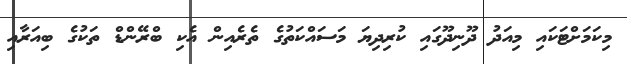
މިކަމަށްޓަކައި މިއަދު ދޫނިދޫގައި ކުރިދިޔަ މަސައްކަތުގެ ތެރެއިން އެކި ބްރޭންޑް ތަކުގެ ބިއަރާއި